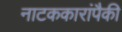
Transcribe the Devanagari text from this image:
नाटककारांपैकी